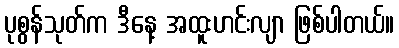
ပုစွန်သုတ်က ဒီနေ့ အထူးဟင်းလျာ ဖြစ်ပါတယ်။